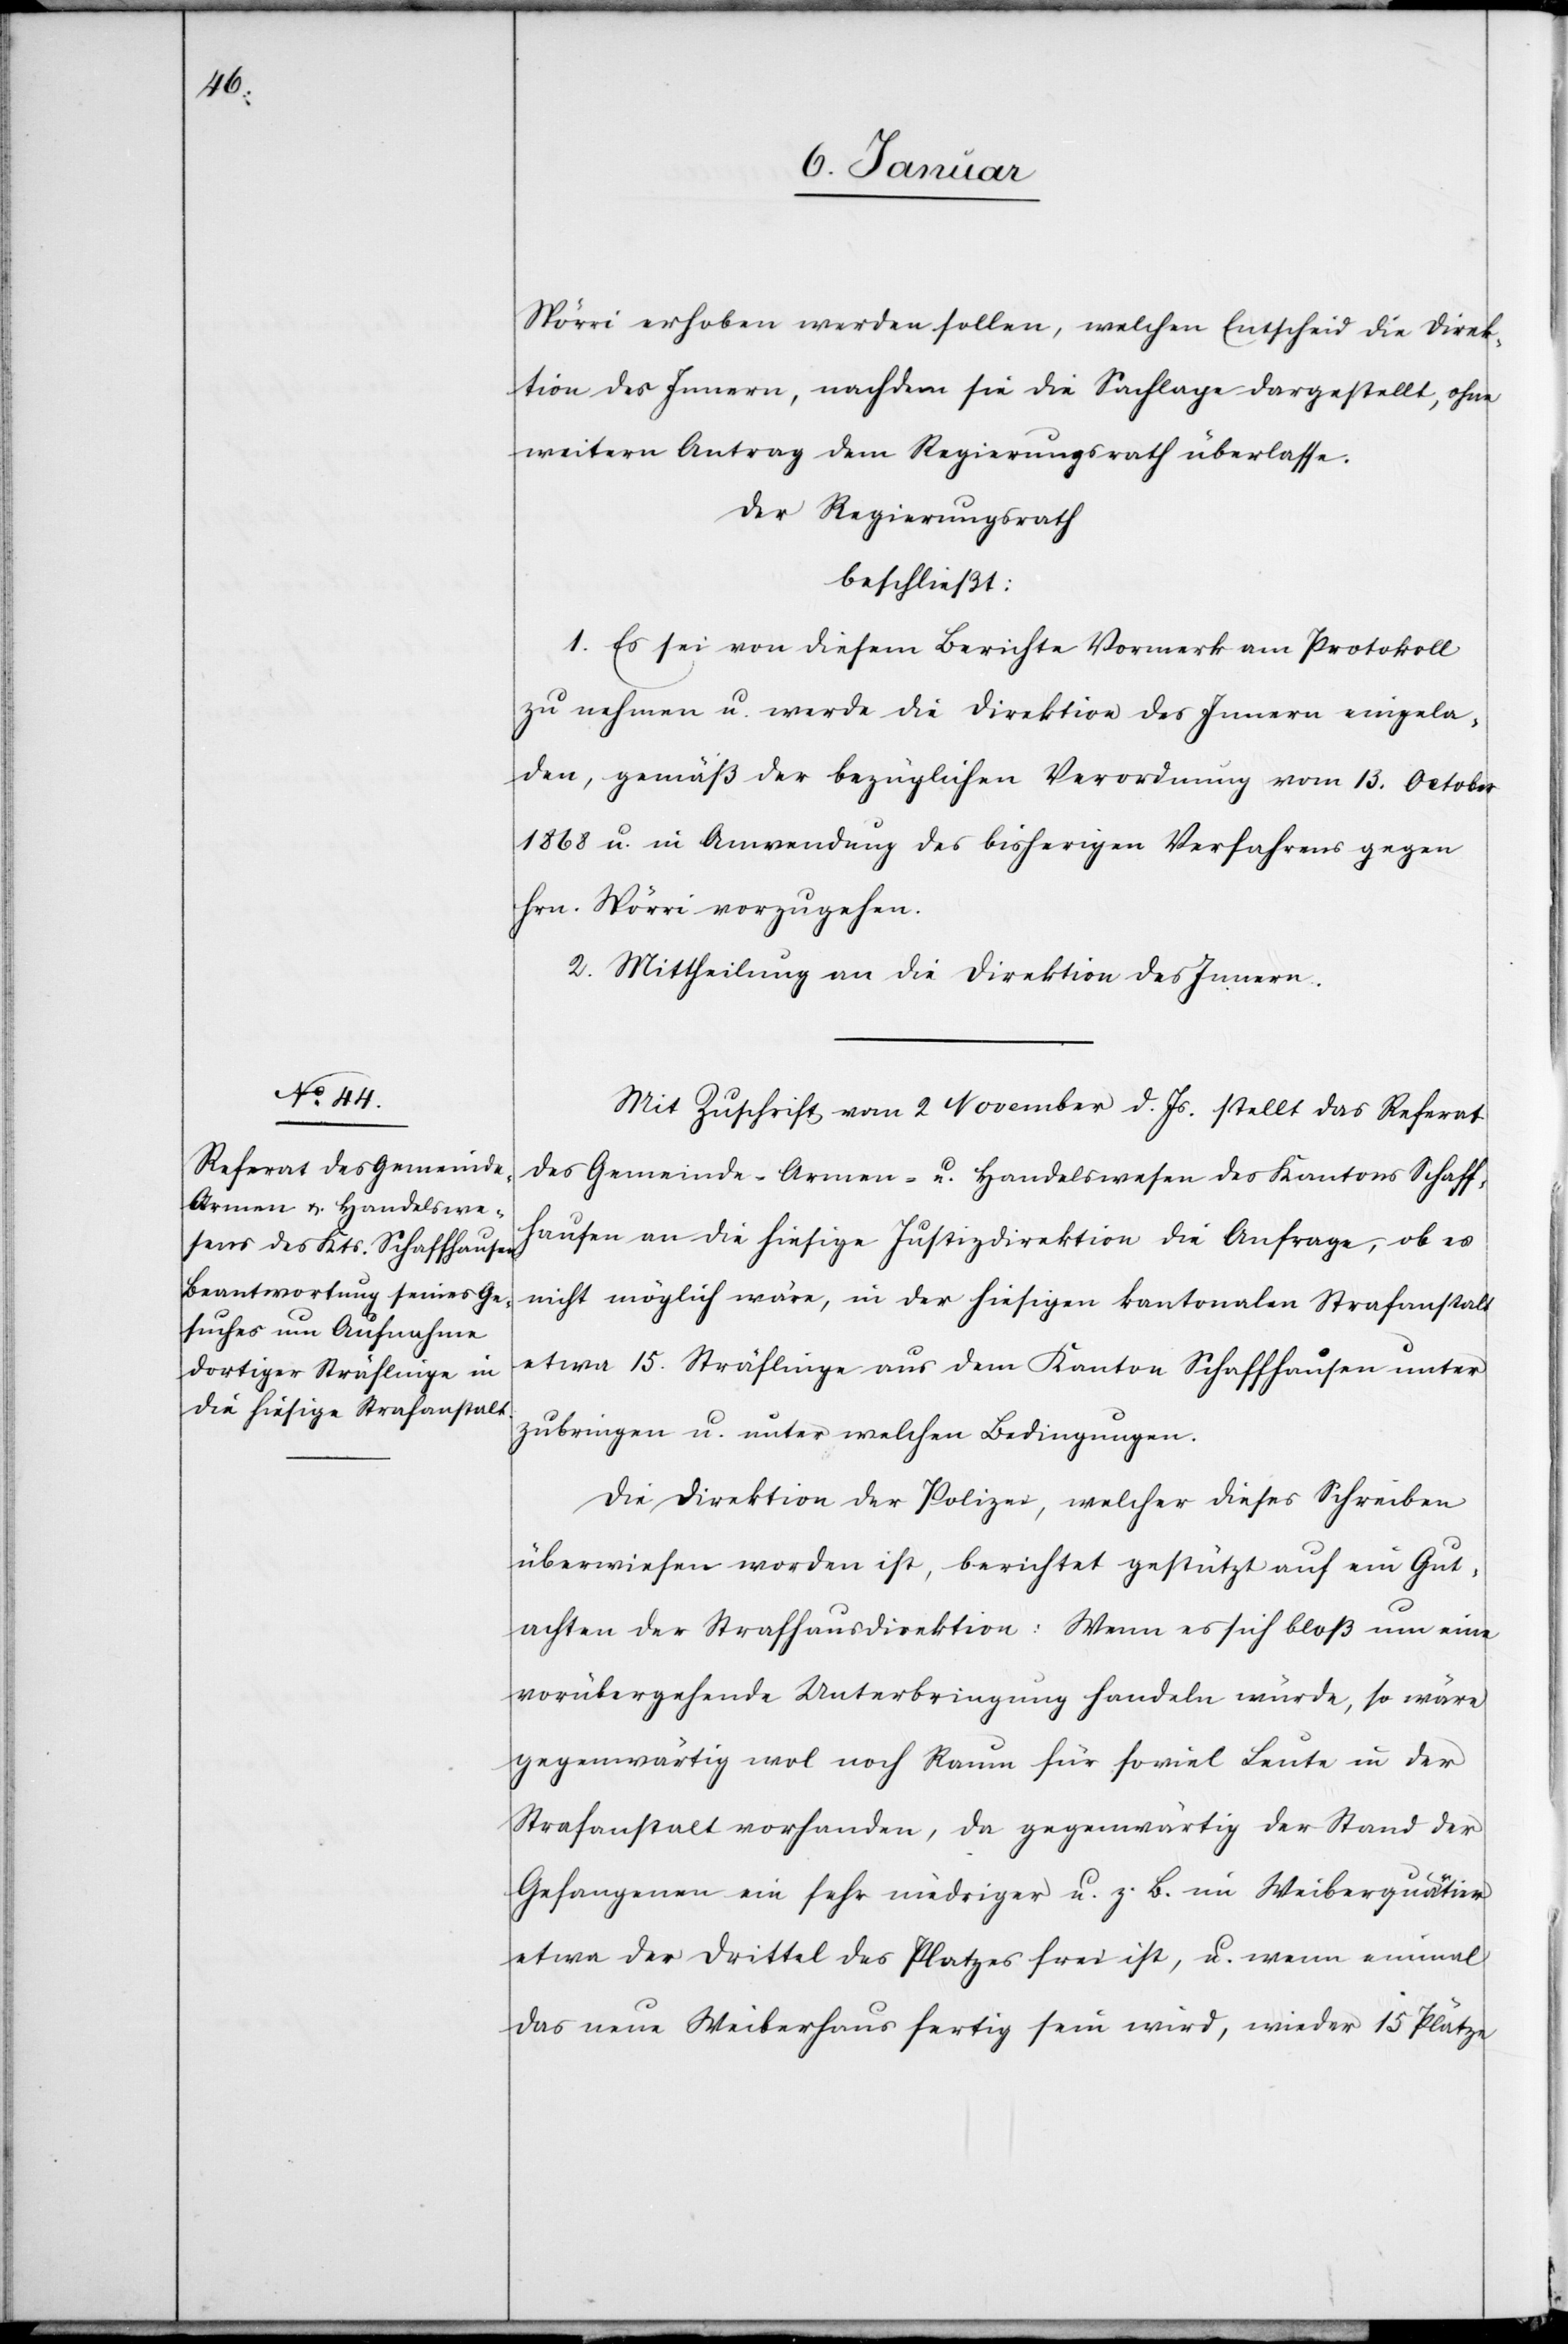
Spörri erhoben werden sollen, welchen Entscheid die Direk¬
tion des Innern, nachdem sie die Sachlage dargestellt, ohne
weitern Antrag dem Regierungsrath überlasse.
Der Regierungsrath
beschließt:
1. Es sei von diesem Berichte Vormerk am Protokoll
zu nehmen u. werde die Direktion des Innern eingela¬
den, gemäß der bezüglichen Verordnung vom 13. October
1868 u. in Anwendung des bisherigen Verfahrens gegen
Hrn. Spörri vorzugehen.
2. Mittheilung an die Direktion des Innern.
Mit Zuschrift vom 2 November d. Js. stellt das Referat
des Gemeinde-Armen- u. Handelswesen des Kantons Schaff¬
hausen an die hiesige Justizdirektion die Anfrage, ob es
nicht möglich wäre, in der hiesigen kantonalen Strafanstalt
etwa 15. Sträflinge aus dem Kanton Schaffhausen unter¬
zubringen u. unter welchen Bedingungen.
Die Direktion der Polizei, welcher dieses Schreiben
überwiesen worden ist, berichtet gestützt auf ein Gut¬
achten der Strafhausdirektion: Wenn es sich bloß um eine
vorübergehende Unterbringung handeln würde, so wäre
gegenwärtig wol noch Raum für soviel Leute in der
Strafanstalt vorhanden, da gegenwärtig der Stand der
Gefangenen ein sehr niedriger u. z. B. im Weiberquartier
etwa der Drittel des Platzes frei ist, u. wenn einmal
das neue Weiberhaus fertig sein wird, wieder 15 Plätze